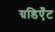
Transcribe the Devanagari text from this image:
ग्रडिएँट